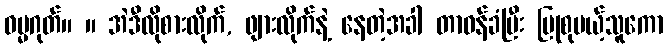
ဓမ္မဂုတ်။ ။ အဲဒီလိုစားလိုက်, ဖျားလိုက်နဲ့ နေတဲ့အခါ တာဝန်ခံပြီး ပြုစုမယ့်သူကော